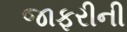
જાફરીની